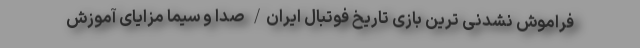
فراموش نشدنی ترین بازی تاریخ فوتبال ایران/ صدا و سیما مزایای آموزش